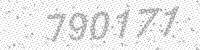
Solution: 790177